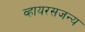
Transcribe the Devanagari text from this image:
व्हायरसजन्य